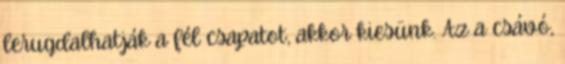
lerugdalhatják a fél csapatot, akkor kiesünk. Az a csávó,